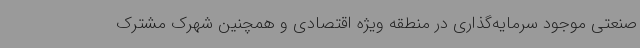
صنعتی موجود سرمایه‌گذاری در منطقه ویژه اقتصادی و همچنین شهرک مشترک